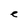
Character: e